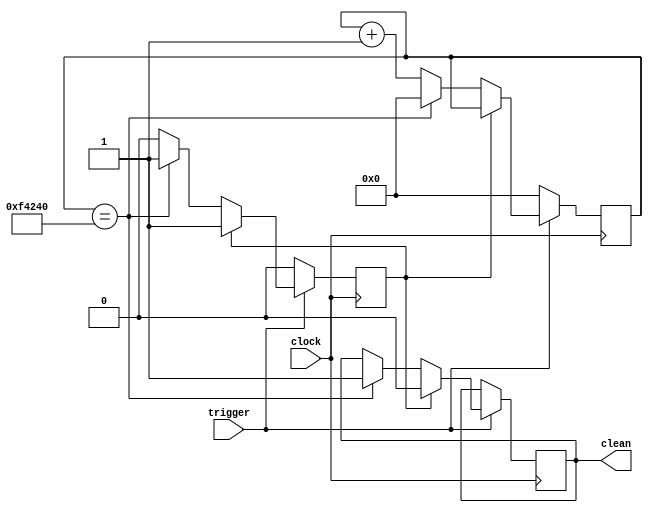
`timescale 1ns / 1ps
//////////////////////////////////////////////////////////////////////////////////
// Company: 
// Engineer: 
// 
// Design Name: 
// Module Name:    debouncer 
// Project Name: 
// Target Devices: 
// Tool versions: 
// Description: 
//
// Dependencies: 
//
// Revision: 
// Revision 0.01 - File Created
// Additional Comments: 
//
//////////////////////////////////////////////////////////////////////////////////
module debouncer(
	output reg clean = 1'b0,
	input clock,
	input trigger);
	
	reg output_exist = 1'b0;
	reg [31:0] deb_count = 0;

always@(posedge clock)
	if(trigger == 1)
	begin 
		if(output_exist == 0)
		begin
			if (deb_count == 1000000)
			begin
				clean = 1'b1; 
				output_exist = 1'b1;
				deb_count = 32'b0;
			end 
			else
			begin 
				deb_count = deb_count + 1'b1;
			end
		end
		else
		begin
			clean = 1'b0;
		end
	end
	else
	begin
		output_exist = 1'b0;
		deb_count = 32'b0;
	end

	

endmodule